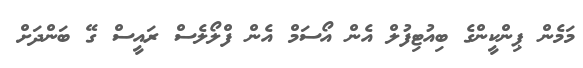
މަމެން ޕިންކީންގެ ބިއުޓިފުލް އެން އޯސަމް އެން ފްލޯލެސް ރައީސް ގޭ ބަންދަށް